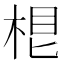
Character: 𣒨